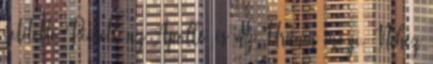
vetítette Pécsett az Apolló és az Uránia mozi. Nehéz